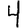
Digit: 4